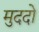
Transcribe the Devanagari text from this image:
मुददो